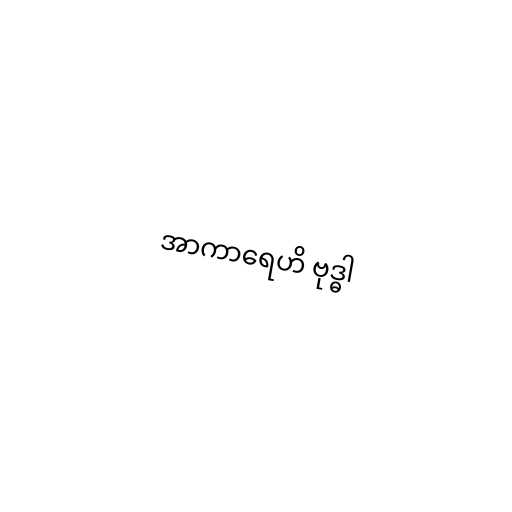
အာကာရေဟိ ဗုဒ္ဓါ